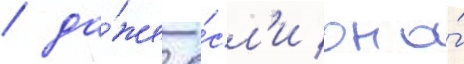
/ да́же е́сл'и она́